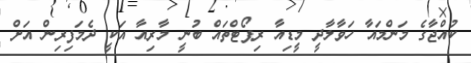
ކުއްޖާގެ މަންމައާ ހަވާލާދީ މީޑިއާ ރިޕޯޓްތައް ބުނީ މާރިއާ އަކީ ދެމަފިރިން އަށް